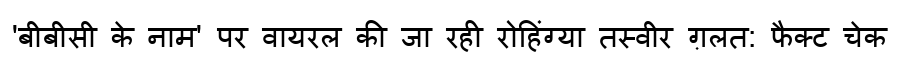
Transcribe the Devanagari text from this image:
'बीबीसी के नाम' पर वायरल की जा रही रोहिंग्या तस्वीर ग़लत: फैक्ट चेक